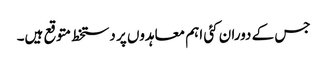
جس کے دوران کئی اہم معاہدوں پر دستخط متوقع ہیں۔